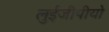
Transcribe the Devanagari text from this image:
लुईजीपीयो